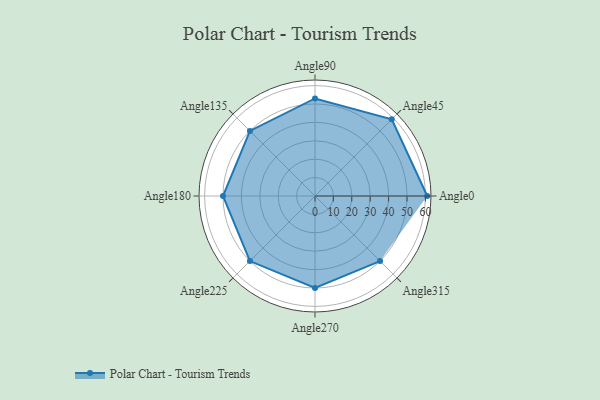
{"axis": {"x": "Angle", "y": "Radius"}, "legend": [""], "data": [{"x": "Angle0", "y": 61.0, "type": ""}, {"x": "Angle45", "y": 59.0, "type": ""}, {"x": "Angle90", "y": 53.0, "type": ""}, {"x": "Angle135", "y": 50, "type": ""}, {"x": "Angle180", "y": 50, "type": ""}, {"x": "Angle225", "y": 50, "type": ""}, {"x": "Angle270", "y": 50, "type": ""}, {"x": "Angle315", "y": 50, "type": ""}]}